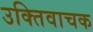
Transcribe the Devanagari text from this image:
उक्तिवाचक